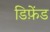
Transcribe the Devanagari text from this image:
डिफ़ेंड